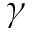
\gamma